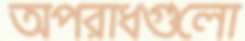
অপরাধগুলো